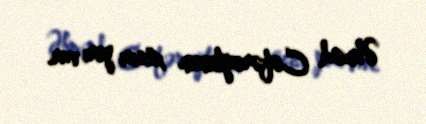
Əhməd Cəfəroğlunun xüsisi yeri var.